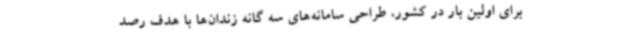
برای اولین بار در کشور، طراحی سامانه‌های سه گانه زندان‌ها با هدف رصد